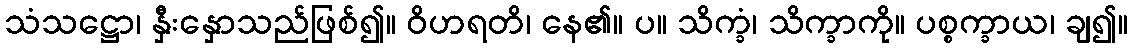
သံသဋ္ဌော၊ နှီးနှောသည်ဖြစ်၍။ ဝိဟရတိ၊ နေ၏။ ပ။ သိက္ခံ၊ သိက္ခာကို။ ပစ္စက္ခာယ၊ ချ၍။